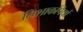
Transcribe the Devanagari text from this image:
निशाकपियों